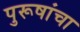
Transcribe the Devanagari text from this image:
पुरूषांचा